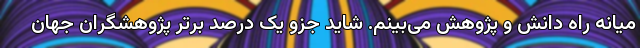
میانه راه دانش و پژوهش می‌بینم. شاید جزو یک درصد برتر پژوهشگران جهان